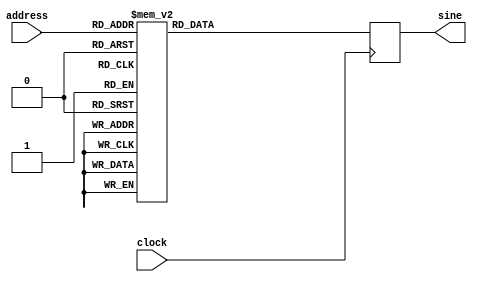
//////////////////////////////////////////////////
////////////	Sin Wave ROM Table	//////////////
//////////////////////////////////////////////////
// produces a 2's comp, 16-bit, approximation
// of a sine wave, given an input phase (address)
module sync_rom (clock, address, sine);
input clock;
input [7:0] address;
output [15:0] sine;
reg signed [15:0] sine;
always@(posedge clock)
begin
    case(address)
    		8'h00: sine = 16'h0000 ;
			8'h01: sine = 16'h0192 ;
			8'h02: sine = 16'h0323 ;
			8'h03: sine = 16'h04b5 ;
			8'h04: sine = 16'h0645 ;
			8'h05: sine = 16'h07d5 ;
			8'h06: sine = 16'h0963 ;
			8'h07: sine = 16'h0af0 ;
			8'h08: sine = 16'h0c7c ;
			8'h09: sine = 16'h0e05 ;
			8'h0a: sine = 16'h0f8c ;
			8'h0b: sine = 16'h1111 ;
			8'h0c: sine = 16'h1293 ;
			8'h0d: sine = 16'h1413 ;
			8'h0e: sine = 16'h158f ;
			8'h0f: sine = 16'h1708 ;
			8'h10: sine = 16'h187d ;
			8'h11: sine = 16'h19ef ;
			8'h12: sine = 16'h1b5c ;
			8'h13: sine = 16'h1cc5 ;
			8'h14: sine = 16'h1e2a ;
			8'h15: sine = 16'h1f8b ;
			8'h16: sine = 16'h20e6 ;
			8'h17: sine = 16'h223c ;
			8'h18: sine = 16'h238d ;
			8'h19: sine = 16'h24d9 ;
			8'h1a: sine = 16'h261f ;
			8'h1b: sine = 16'h275f ;
			8'h1c: sine = 16'h2899 ;
			8'h1d: sine = 16'h29cc ;
			8'h1e: sine = 16'h2afa ;
			8'h1f: sine = 16'h2c20 ;
			8'h20: sine = 16'h2d40 ;
			8'h21: sine = 16'h2e59 ;
			8'h22: sine = 16'h2f6b ;
			8'h23: sine = 16'h3075 ;
			8'h24: sine = 16'h3178 ;
			8'h25: sine = 16'h3273 ;
			8'h26: sine = 16'h3366 ;
			8'h27: sine = 16'h3452 ;
			8'h28: sine = 16'h3535 ;
			8'h29: sine = 16'h3611 ;
			8'h2a: sine = 16'h36e4 ;
			8'h2b: sine = 16'h37ae ;
			8'h2c: sine = 16'h3870 ;
			8'h2d: sine = 16'h3929 ;
			8'h2e: sine = 16'h39da ;
			8'h2f: sine = 16'h3a81 ;
			8'h30: sine = 16'h3b1f ;
			8'h31: sine = 16'h3bb5 ;
			8'h32: sine = 16'h3c41 ;
			8'h33: sine = 16'h3cc4 ;
			8'h34: sine = 16'h3d3d ;
			8'h35: sine = 16'h3dad ;
			8'h36: sine = 16'h3e14 ;
			8'h37: sine = 16'h3e70 ;
			8'h38: sine = 16'h3ec4 ;
			8'h39: sine = 16'h3f0d ;
			8'h3a: sine = 16'h3f4d ;
			8'h3b: sine = 16'h3f83 ;
			8'h3c: sine = 16'h3fb0 ;
			8'h3d: sine = 16'h3fd2 ;
			8'h3e: sine = 16'h3feb ;
			8'h3f: sine = 16'h3ffa ;
			8'h40: sine = 16'h3fff ;
			8'h41: sine = 16'h3ffa ;
			8'h42: sine = 16'h3feb ;
			8'h43: sine = 16'h3fd2 ;
			8'h44: sine = 16'h3fb0 ;
			8'h45: sine = 16'h3f83 ;
			8'h46: sine = 16'h3f4d ;
			8'h47: sine = 16'h3f0d ;
			8'h48: sine = 16'h3ec4 ;
			8'h49: sine = 16'h3e70 ;
			8'h4a: sine = 16'h3e14 ;
			8'h4b: sine = 16'h3dad ;
			8'h4c: sine = 16'h3d3d ;
			8'h4d: sine = 16'h3cc4 ;
			8'h4e: sine = 16'h3c41 ;
			8'h4f: sine = 16'h3bb5 ;
			8'h50: sine = 16'h3b1f ;
			8'h51: sine = 16'h3a81 ;
			8'h52: sine = 16'h39da ;
			8'h53: sine = 16'h3929 ;
			8'h54: sine = 16'h3870 ;
			8'h55: sine = 16'h37ae ;
			8'h56: sine = 16'h36e4 ;
			8'h57: sine = 16'h3611 ;
			8'h58: sine = 16'h3535 ;
			8'h59: sine = 16'h3452 ;
			8'h5a: sine = 16'h3366 ;
			8'h5b: sine = 16'h3273 ;
			8'h5c: sine = 16'h3178 ;
			8'h5d: sine = 16'h3075 ;
			8'h5e: sine = 16'h2f6b ;
			8'h5f: sine = 16'h2e59 ;
			8'h60: sine = 16'h2d40 ;
			8'h61: sine = 16'h2c20 ;
			8'h62: sine = 16'h2afa ;
			8'h63: sine = 16'h29cc ;
			8'h64: sine = 16'h2899 ;
			8'h65: sine = 16'h275f ;
			8'h66: sine = 16'h261f ;
			8'h67: sine = 16'h24d9 ;
			8'h68: sine = 16'h238d ;
			8'h69: sine = 16'h223c ;
			8'h6a: sine = 16'h20e6 ;
			8'h6b: sine = 16'h1f8b ;
			8'h6c: sine = 16'h1e2a ;
			8'h6d: sine = 16'h1cc5 ;
			8'h6e: sine = 16'h1b5c ;
			8'h6f: sine = 16'h19ef ;
			8'h70: sine = 16'h187d ;
			8'h71: sine = 16'h1708 ;
			8'h72: sine = 16'h158f ;
			8'h73: sine = 16'h1413 ;
			8'h74: sine = 16'h1293 ;
			8'h75: sine = 16'h1111 ;
			8'h76: sine = 16'h0f8c ;
			8'h77: sine = 16'h0e05 ;
			8'h78: sine = 16'h0c7c ;
			8'h79: sine = 16'h0af0 ;
			8'h7a: sine = 16'h0963 ;
			8'h7b: sine = 16'h07d5 ;
			8'h7c: sine = 16'h0645 ;
			8'h7d: sine = 16'h04b5 ;
			8'h7e: sine = 16'h0323 ;
			8'h7f: sine = 16'h0192 ;
			8'h80: sine = 16'h0000 ;
			8'h81: sine = 16'hfe6e ;
			8'h82: sine = 16'hfcdd ;
			8'h83: sine = 16'hfb4b ;
			8'h84: sine = 16'hf9bb ;
			8'h85: sine = 16'hf82b ;
			8'h86: sine = 16'hf69d ;
			8'h87: sine = 16'hf510 ;
			8'h88: sine = 16'hf384 ;
			8'h89: sine = 16'hf1fb ;
			8'h8a: sine = 16'hf074 ;
			8'h8b: sine = 16'heeef ;
			8'h8c: sine = 16'hed6d ;
			8'h8d: sine = 16'hebed ;
			8'h8e: sine = 16'hea71 ;
			8'h8f: sine = 16'he8f8 ;
			8'h90: sine = 16'he783 ;
			8'h91: sine = 16'he611 ;
			8'h92: sine = 16'he4a4 ;
			8'h93: sine = 16'he33b ;
			8'h94: sine = 16'he1d6 ;
			8'h95: sine = 16'he075 ;
			8'h96: sine = 16'hdf1a ;
			8'h97: sine = 16'hddc4 ;
			8'h98: sine = 16'hdc73 ;
			8'h99: sine = 16'hdb27 ;
			8'h9a: sine = 16'hd9e1 ;
			8'h9b: sine = 16'hd8a1 ;
			8'h9c: sine = 16'hd767 ;
			8'h9d: sine = 16'hd634 ;
			8'h9e: sine = 16'hd506 ;
			8'h9f: sine = 16'hd3e0 ;
			8'ha0: sine = 16'hd2c0 ;
			8'ha1: sine = 16'hd1a7 ;
			8'ha2: sine = 16'hd095 ;
			8'ha3: sine = 16'hcf8b ;
			8'ha4: sine = 16'hce88 ;
			8'ha5: sine = 16'hcd8d ;
			8'ha6: sine = 16'hcc9a ;
			8'ha7: sine = 16'hcbae ;
			8'ha8: sine = 16'hcacb ;
			8'ha9: sine = 16'hc9ef ;
			8'haa: sine = 16'hc91c ;
			8'hab: sine = 16'hc852 ;
			8'hac: sine = 16'hc790 ;
			8'had: sine = 16'hc6d7 ;
			8'hae: sine = 16'hc626 ;
			8'haf: sine = 16'hc57f ;
			8'hb0: sine = 16'hc4e1 ;
			8'hb1: sine = 16'hc44b ;
			8'hb2: sine = 16'hc3bf ;
			8'hb3: sine = 16'hc33c ;
			8'hb4: sine = 16'hc2c3 ;
			8'hb5: sine = 16'hc253 ;
			8'hb6: sine = 16'hc1ec ;
			8'hb7: sine = 16'hc190 ;
			8'hb8: sine = 16'hc13c ;
			8'hb9: sine = 16'hc0f3 ;
			8'hba: sine = 16'hc0b3 ;
			8'hbb: sine = 16'hc07d ;
			8'hbc: sine = 16'hc050 ;
			8'hbd: sine = 16'hc02e ;
			8'hbe: sine = 16'hc015 ;
			8'hbf: sine = 16'hc006 ;
			8'hc0: sine = 16'hc001 ;
			8'hc1: sine = 16'hc006 ;
			8'hc2: sine = 16'hc015 ;
			8'hc3: sine = 16'hc02e ;
			8'hc4: sine = 16'hc050 ;
			8'hc5: sine = 16'hc07d ;
			8'hc6: sine = 16'hc0b3 ;
			8'hc7: sine = 16'hc0f3 ;
			8'hc8: sine = 16'hc13c ;
			8'hc9: sine = 16'hc190 ;
			8'hca: sine = 16'hc1ec ;
			8'hcb: sine = 16'hc253 ;
			8'hcc: sine = 16'hc2c3 ;
			8'hcd: sine = 16'hc33c ;
			8'hce: sine = 16'hc3bf ;
			8'hcf: sine = 16'hc44b ;
			8'hd0: sine = 16'hc4e1 ;
			8'hd1: sine = 16'hc57f ;
			8'hd2: sine = 16'hc626 ;
			8'hd3: sine = 16'hc6d7 ;
			8'hd4: sine = 16'hc790 ;
			8'hd5: sine = 16'hc852 ;
			8'hd6: sine = 16'hc91c ;
			8'hd7: sine = 16'hc9ef ;
			8'hd8: sine = 16'hcacb ;
			8'hd9: sine = 16'hcbae ;
			8'hda: sine = 16'hcc9a ;
			8'hdb: sine = 16'hcd8d ;
			8'hdc: sine = 16'hce88 ;
			8'hdd: sine = 16'hcf8b ;
			8'hde: sine = 16'hd095 ;
			8'hdf: sine = 16'hd1a7 ;
			8'he0: sine = 16'hd2c0 ;
			8'he1: sine = 16'hd3e0 ;
			8'he2: sine = 16'hd506 ;
			8'he3: sine = 16'hd634 ;
			8'he4: sine = 16'hd767 ;
			8'he5: sine = 16'hd8a1 ;
			8'he6: sine = 16'hd9e1 ;
			8'he7: sine = 16'hdb27 ;
			8'he8: sine = 16'hdc73 ;
			8'he9: sine = 16'hddc4 ;
			8'hea: sine = 16'hdf1a ;
			8'heb: sine = 16'he075 ;
			8'hec: sine = 16'he1d6 ;
			8'hed: sine = 16'he33b ;
			8'hee: sine = 16'he4a4 ;
			8'hef: sine = 16'he611 ;
			8'hf0: sine = 16'he783 ;
			8'hf1: sine = 16'he8f8 ;
			8'hf2: sine = 16'hea71 ;
			8'hf3: sine = 16'hebed ;
			8'hf4: sine = 16'hed6d ;
			8'hf5: sine = 16'heeef ;
			8'hf6: sine = 16'hf074 ;
			8'hf7: sine = 16'hf1fb ;
			8'hf8: sine = 16'hf384 ;
			8'hf9: sine = 16'hf510 ;
			8'hfa: sine = 16'hf69d ;
			8'hfb: sine = 16'hf82b ;
			8'hfc: sine = 16'hf9bb ;
			8'hfd: sine = 16'hfb4b ;
			8'hfe: sine = 16'hfcdd ;
			8'hff: sine = 16'hfe6e ;
	endcase
end
endmodule